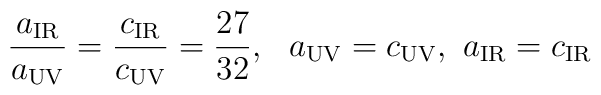
\frac{a_{\rm IR}}{a_{\rm UV}}=\frac{c_{\rm IR}}{c_{\rm UV}} =\frac{27}{32},~~a_{\rm UV}=c_{\rm UV},~a_{\rm IR}=c_{\rm IR}